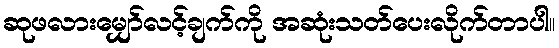
ဆုဖလားမျှော်လင့်ချက်ကို အဆုံးသတ်ပေးလိုက်တာပါ။